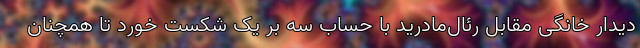
دیدار خانگی مقابل رئال‌مادرید با حساب سه بر یک شکست خورد تا همچنان